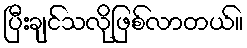
ပြီးချင်သလိုဖြစ်လာတယ်။